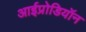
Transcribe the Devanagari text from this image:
आईप्रोडियॉन